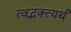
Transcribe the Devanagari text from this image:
त्वद्भक्त्यर्थं